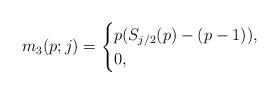
LaTeX: \begin{align*} m_3(p;j) = \begin{cases} p(S_{j/2}(p)-(p-1)), & \\ 0, & \end{cases}\end{align*}